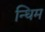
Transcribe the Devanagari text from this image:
न्धिम